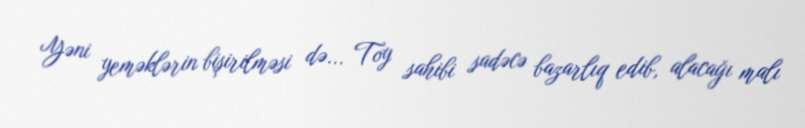
Yəni yeməklərin bişirilməsi də... Toy sahibi sadəcə bazarlıq edib, alacağı malı